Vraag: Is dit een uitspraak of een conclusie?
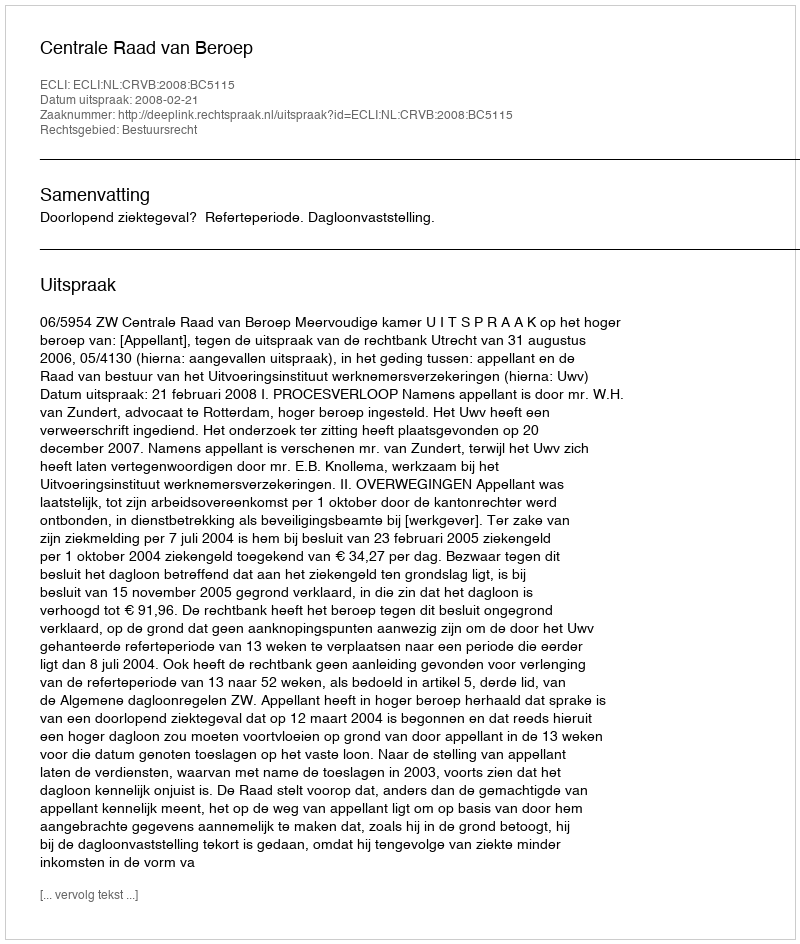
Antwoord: Uitspraak